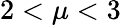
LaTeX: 2<\mu<3